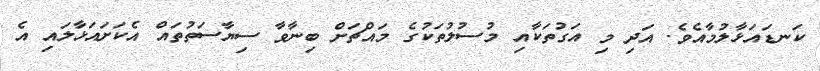
ކަނޑައަޅާލުމާއެވެ. އަދި މި އަގުތަކާއި މުސުލުތަކުގެ މައްޗަށް ބިނާވާ ސިޔާސަތުތައް އެކަށައަޅާލައި އެ